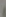
)